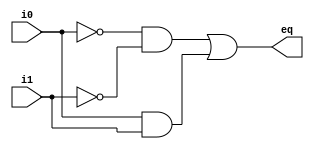
`timescale 1ns / 1ps
//////////////////////////////////////////////////////////////////////////////////
// Company: 
// Engineer: 
// 
// Design Name: 
// Module Name:    eq2 
// Project Name: 
// Target Devices: 
// Tool versions: 
// Description: 
//
// Dependencies: 
//
// Revision: 
// Revision 0.01 - File Created
// Additional Comments: 
//
//////////////////////////////////////////////////////////////////////////////////

module eq1(
	input wire i0, i1,
	output wire eq
	);
	
	wire p0, p1;
	
	assign eq = p0 | p1;
	assign p0 = ~i0 & ~i1;
	assign p1 = i0 & i1;
endmodule

module eq2(
	input wire[1:0] a, b,
	output wire aeqb
    );
	wire e0, e1;
	
	eq1 eq_bit0_uinit (.i0(a[0]), .i1(b[0]), .eq(e0));
	eq1 eq_bit1_uinit (.i0(a[1]), .i1(b[1]), .eq(e1));
	assign aeqb = e0 & e1;

endmodule